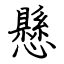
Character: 懸